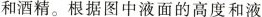
和酒精。根据图中液面的高度和液